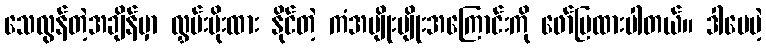
သေလွန်တဲ့အချိန်မှာ လွှမ်းမိုးထား နိုင်တဲ့ ကံအမျိုးမျိုးအကြောင်းကို ဖော်ပြထားပါတယ်။ ဒါပေမဲ့